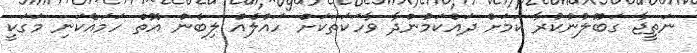
ނަތީޖާ ގަބޫލުނުކުރާ ކަމަށް ދައްކަމުންދާ ވާހަކަތަކަށް ހައްލެއް ލިބެން އޮތް ހަމައެކަނި މަގަކީ